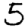
Digit: 5